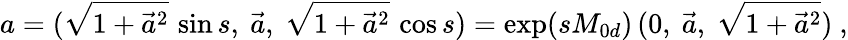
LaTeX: a=(\sqrt{1+\vec{a}^{2}}\, \sin s,\ \vec{a},\ \sqrt{1+\vec{a}^{2}}\, \cos s)=\exp(sM_{0d})\, (0,\ \vec{a},\ \sqrt{1+\vec{a}^{2}})\ ,